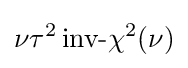
\nu \tau ^{2}\,{\mbox{inv-}}\chi ^{2}(\nu )